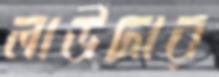
লাউদার